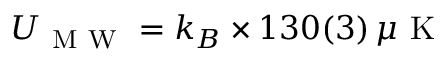
U _ { \mathrm { ~ M ~ W ~ } } = k _ { B } \times 1 3 0 ( 3 ) \, \mu \mathrm { ~ K ~ }